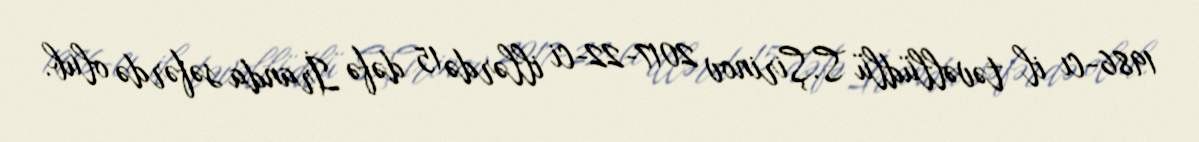
1986-cı il təvəllüdlü S.Şirinov 2017-22-ci illərdə 15 dəfə İranda səfərdə olub.